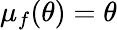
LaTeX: \mu_{f}(\theta)=\theta